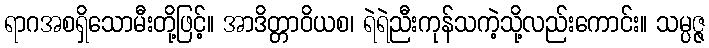
ရာဂအစရှိသောမီးတို့ဖြင့်။ အာဒိတ္တာဝိယစ၊ ရဲရဲညီးကုန်သကဲ့သို့လည်းကောင်း။ သမ္ပဇ္ဇ